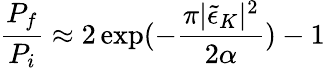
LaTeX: \frac{P_{f}}{P_{i}}\approx 2\exp(-\frac{\pi\vert\tilde{\epsilon}_{K}\vert^{2}}{2\alpha})-1